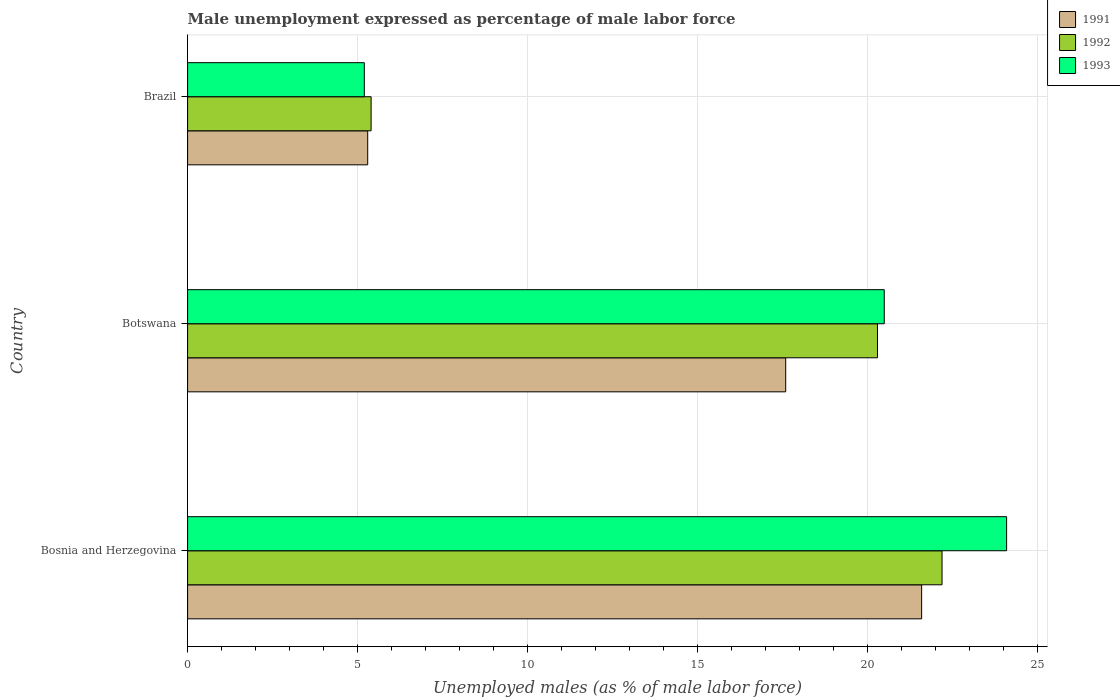
| Country | 1991 | 1992 | 1993 |
 | --- | --- | --- | --- |
 | Bosnia and Herzegovina | 21.6 | 22.2 | 24.1 |
 | Botswana | 17.6 | 20.3 | 20.5 |
 | Brazil | 5.3 | 5.4 | 5.2 |